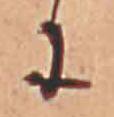
に